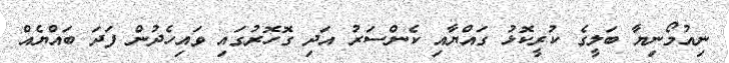
ނިއުމޯނިޔާ ބަލީގެ ކުރީކޮޅު ގައްޔާއި ކެންސަރު އަދި ގޮހޮރުގައި ވައިހެދުން ފަދަ ބައްޔެއް